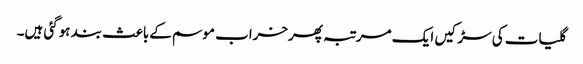
گلیات کی سڑکیں ایک مرتبہ پھرخراب موسم کےباعث بند ہوگئی ہیں۔